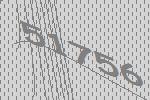
51756